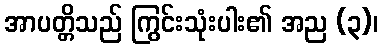
အာပတ္တိသည် ကြွင်းသုံးပါး၏ အည (၃)၊